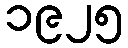
၁၉၂၅